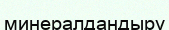
минералдандыру